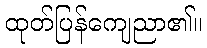
ထုတ်ပြန်ကျေညာ၏။